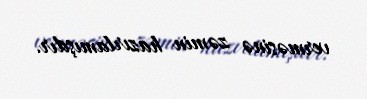
verməsinə zəmin hazırlamışdır.